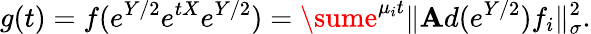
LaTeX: \displaystyle{g(t)=f(e^{Y/2}e^{tX}e^{Y/2})=\sume^{\mu_{i}t}\| \mathbf{A}d(e^{Y/2})f_{i}\| _{\sigma}^{2}.}